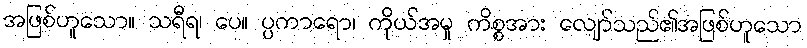
အဖြစ်ဟူသော။ သရီရ၊ ပေ။ ပ္ပကာရော၊ ကိုယ်အမှု ကိစ္စအား လျော်သည်၏အဖြစ်ဟူသော